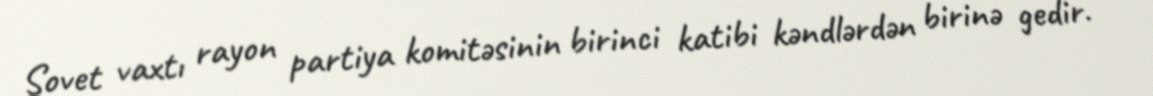
Sovet vaxtı rayon partiya komitəsinin birinci katibi kəndlərdən birinə gedir.